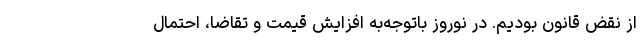
از نقض قانون بودیم. در نوروز باتوجه‌به افزایش قیمت و تقاضا، احتمال